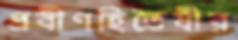
প্রবীণহিতৈষীর